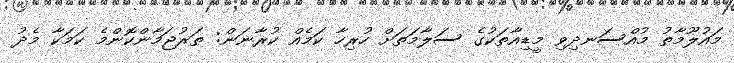
މައުލޫމާތު މުއްސަނދިވި މީޑިއާތަކުގެ ސަލާމަތަށް ހުރިހާ ކަމެއް ކުރާނަން: ތަރުޖަމާންކޮންމެ ކަމަކާ މެދު